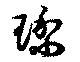
瓈